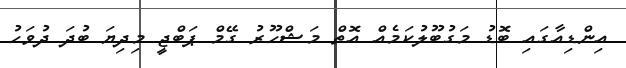
އިންޑިއާގައި ބޮޑު މަގުބޫލުކަމެއް އޮތް މަޝްހޫރު ގޭމް ޕަބްޖީ މިދިޔަ ބުދަ ދުވަހު